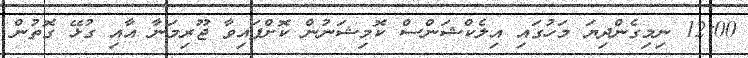
12:00 ނިމިގެންދިޔަ މަހުގައި އިލެކްޝަންސް ކޮމިޝަނުން ކޮށްފައިވާ ޖޫރިމަނާ އާއި ގުޅޭ ގޮތުން